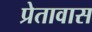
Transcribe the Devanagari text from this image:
प्रेतावास